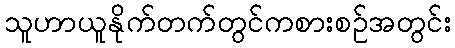
သူဟာယူနိုက်တက်တွင်ကစားစဉ်အတွင်း